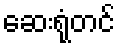
ဆေးရုံတင်